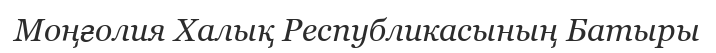
Моңғолия Халық Республикасының Батыры